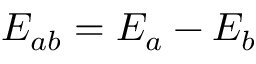
E _ { a b } = E _ { a } - E _ { b }